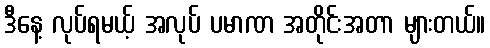
ဒီနေ့ လုပ်ရမယ့် အလုပ် ပမာဏ အတိုင်းအတာ များတယ်။